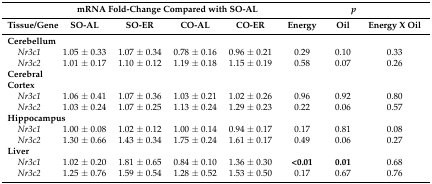
|  | <COLSPAN=4> mRNA Fold-Change Compared with SO-AL | <COLSPAN=3> p |
 | Tissue/Gene | SO-AL | SO-ER | CO-AL | CO-ER | Energy | Oil | Energy X Oil |
 | --- | --- | --- | --- | --- | --- | --- | --- |
 | Cerebellum |  |  |  |  |  |  |  |
 | Nr3c1 | 1.05 ± 0.33 | 1.07 ± 0.34 | 0.78 ± 0.16 | 0.96 ± 0.21 | 0.29 | 0.10 | 0.33 |
 | Nr3c2 | 1.01 ± 0.17 | 1.10 ± 0.12 | 1.19 ± 0.18 | 1.15 ± 0.19 | 0.58 | 0.07 | 0.26 |
 | Cerebral Cortex |  |  |  |  |  |  |  |
 | Nr3c1 | 1.06 ± 0.41 | 1.07 ± 0.36 | 1.03 ± 0.21 | 1.02 ± 0.26 | 0.96 | 0.92 | 0.80 |
 | Nr3c2 | 1.03 ± 0.24 | 1.07 ± 0.25 | 1.13 ± 0.24 | 1.29 ± 0.23 | 0.22 | 0.06 | 0.57 |
 | Hippocampus |  |  |  |  |  |  |  |
 | Nr3c1 | 1.00 ± 0.08 | 1.02 ± 0.12 | 1.00 ± 0.14 | 0.94 ± 0.17 | 0.17 | 0.81 | 0.08 |
 | Nr3c2 | 1.30 ± 0.66 | 1.43 ± 0.34 | 1.75 ± 0.24 | 1.61 ± 0.17 | 0.49 | 0.06 | 0.27 |
 | Liver |  |  |  |  |  |  |  |
 | Nr3c1 | 1.02 ± 0.20 | 1.81 ± 0.65 | 0.84 ± 0.10 | 1.36 ± 0.30 | <0.01 | 0.01 | 0.68 |
 | Nr3c2 | 1.25 ± 0.76 | 1.59 ± 0.54 | 1.28 ± 0.52 | 1.53 ± 0.50 | 0.17 | 0.67 | 0.76 |